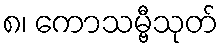
၈၊ ကောသမ္ဗီသုတ်